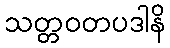
သတ္တဝတပဒါနိ